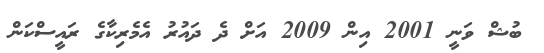
ބުޝް ވަނީ 2001 އިން 2009 އަށް ދެ ދައުރު އެމެރިކާގެ ރައީސްކަން